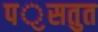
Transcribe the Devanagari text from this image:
पॖसतुत